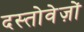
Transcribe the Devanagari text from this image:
दस्‍तोवेज़ों